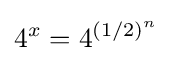
4^{x}=4^{(1/2)^{n}}